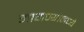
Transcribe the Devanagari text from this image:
मागण्यांमध्ये